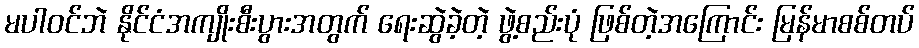
မပါဝင်ဘဲ နိုင်ငံအကျိုးစီးပွားအတွက် ရေးဆွဲခဲ့တဲ့ ဖွဲ့စည်းပုံ ဖြစ်တဲ့အကြောင်း မြန်မာစစ်တပ်